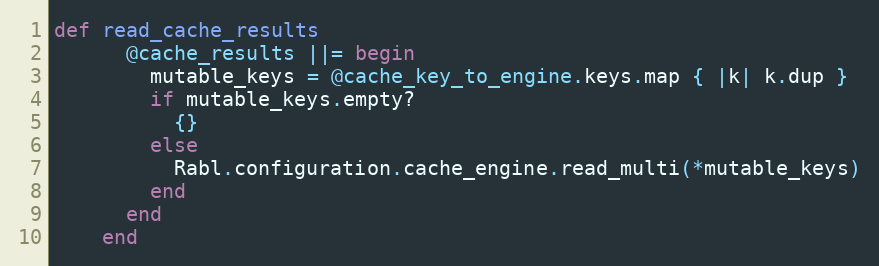
Language: Ruby
def read_cache_results
      @cache_results ||= begin
        mutable_keys = @cache_key_to_engine.keys.map { |k| k.dup }
        if mutable_keys.empty?
          {}
        else
          Rabl.configuration.cache_engine.read_multi(*mutable_keys)
        end
      end
    end